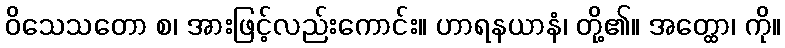
ဝိသေသတော စ၊ အားဖြင့်လည်းကောင်း။ ဟာရနယာနံ၊ တို့၏။ အတ္ထော၊ ကို။